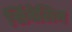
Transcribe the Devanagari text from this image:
सिंवेलिन